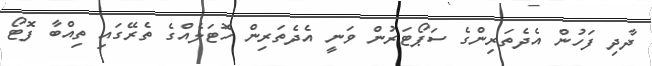
ދާދި ފަހުން އެދެތަރިންގެ ސަޕޯޓަރުން ވަނީ އެދެތަރިން ހޮޓަލެއްގެ ތެރޭގައި ތިއްބާ ފޮޓޯ